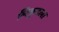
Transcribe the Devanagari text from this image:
लिकुडला